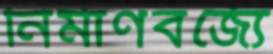
নির্মাণবর্জ্যে